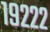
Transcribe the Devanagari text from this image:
१९२२२